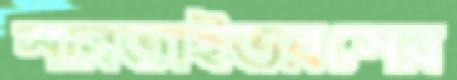
সারভাইভরসের